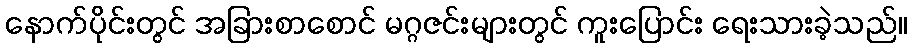
နောက်ပိုင်းတွင် အခြားစာစောင် မဂ္ဂဇင်းများတွင် ကူးပြောင်း ရေးသားခဲ့သည်။